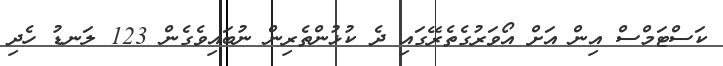
ކަސްޓަމްސް އިން އަށް އޯވަރުގެތެރޭގައި ދެ ކުޅުންތެރިން ނުބައިވެގެން 123 ލަނޑު ހެދި